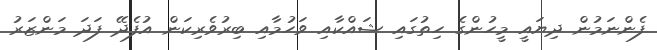
ފެންނަމުން ދިޔައީ މީހުންގެ ހިތުގައި ޝައްކާއި ވަހުމާއި ބިރުވެރިކަން އުފެދޭ ފަދަ މަންޒަރު